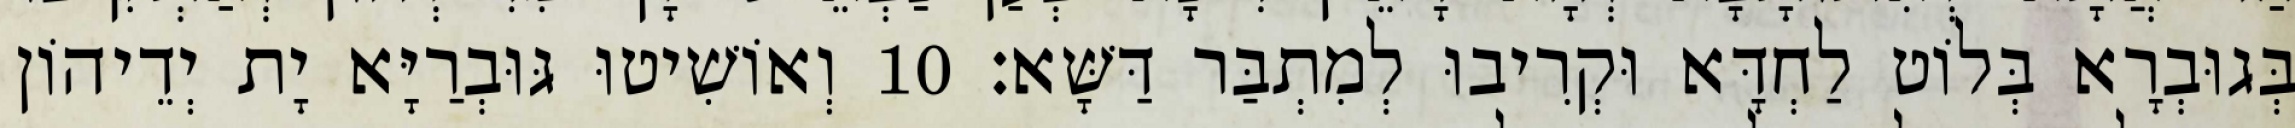
בְּגוּבְרָא בְּלוֹט לַחְדָּא וּקְרִיבוּ לְמִתְבַּר דַּשָּׁא׃ 10 וְאוֹשִׁיטוּ גּוּבְרַיָּא יָת יְדֵיהוֹן